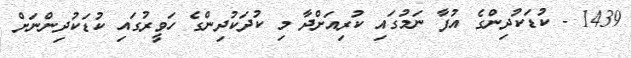
1439 - ކުޑަކުދިންގެ އުފާ ނަމުގައި ކުރިއަށްދާ މި ކުދަކުދިންގެ ހަވީރުގައި ކުޑަކުދިންނަށް